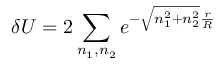
\delta U = 2 \sum _ { n _ { 1 } , n _ { 2 } } e ^ { - \sqrt { n _ { 1 } ^ { 2 } + n _ { 2 } ^ { 2 } } \frac { r } { R } }